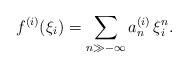
LaTeX: \begin{align*} f^{(i)}(\xi_i) = \sum_{n\gg -\infty} a_n^{(i)}\,\xi_i^n . \end{align*}